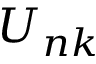
U _ { n k }